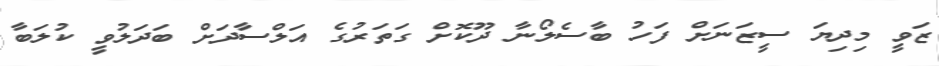
ޒަވީ މިދިޔަ ސީޒަނަށް ފަހު ބާސެލޯނާ ދޫކޮށް ގަތަރުގެ އަލްސާދަށް ބަދަލުވީ ކުލަބާ